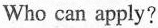
Who can apply?